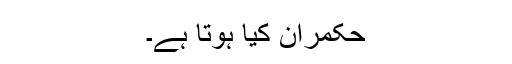
حکمران کیا ہوتا ہے۔